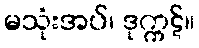
မသုံးအပ်၊ ဒုက္ကဋ်။